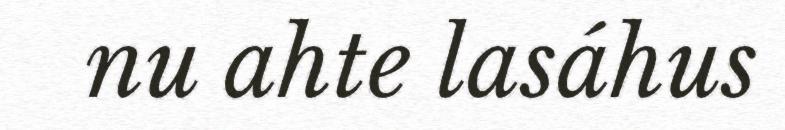
nu ahte lasáhus